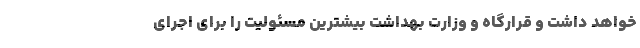
خواهد داشت و قرارگاه و وزارت بهداشت بیشترین مسئولیت را برای اجرای